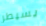
يسيطر